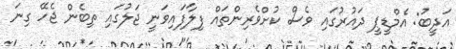
އަދީބު: އެމްޑީޕީ ދައުރުގައި ވެސް ކުށްވެރިންތައް ފިލާފައިވަނީ ޖަލުގައި ތިބެން ޖެހޭ ގިނަ